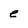
Character: e